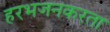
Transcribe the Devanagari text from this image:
हरभजनकरता